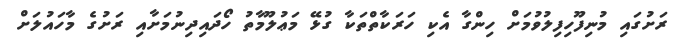
ރަށުގައި މުނިފޫހިފިލުވުމަށް ހިންގާ އެކި ހަރަކާތްތަކާ ގުޅޭ މަޢުލޫމާތު ހޯދައިދިނުމަށާއި ރަށުގެ މާހައުލަށް